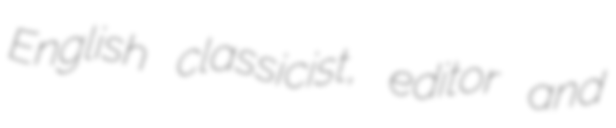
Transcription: English classicist, editor and